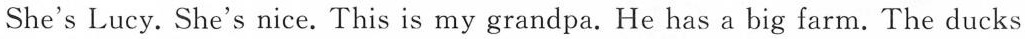
She'sLucy.She's nice.This is my grandpa.He has a big farm.The ducks